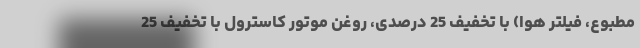
مطبوع، فیلتر هوا) با تخفیف 25 درصدی، روغن موتور كاسترول با تخفیف 25